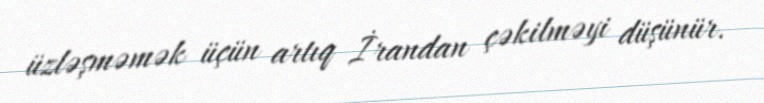
üzləşməmək üçün artıq İrandan çəkilməyi düşünür.